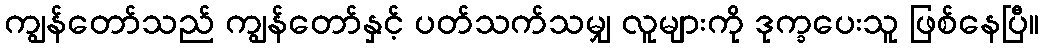
ကျွန်တော်သည် ကျွန်တော်နှင့် ပတ်သက်သမျှ လူများကို ဒုက္ခပေးသူ ဖြစ်နေပြီ။